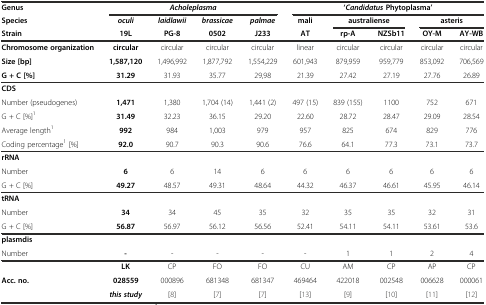
<table><thead><tr><td><b>Genus</b></td><td colspan="4"><b><i>Acholeplasma</i></b></td><td colspan="5"><b>‘<i>Candidatus</i>Phytoplasma’</b></td></tr><tr><td><b>Species</b></td><td><b><i>oculi</i></b></td><td><b><i>laidlawii</i></b></td><td><b><i>brassicae</i></b></td><td><b><i>palmae</i></b></td><td><b>mali</b></td><td colspan="2"><b>australiense</b></td><td colspan="2"><b>asteris</b></td></tr><tr><td><b>Strain</b></td><td><b>19L</b></td><td><b>PG-8</b></td><td><b>0502</b></td><td><b>J233</b></td><td><b>AT</b></td><td><b>rp-A</b></td><td><b>NZSb11</b></td><td><b>OY-M</b></td><td><b>AY-WB</b></td></tr></thead><tbody><tr><td><b>Chromosome organization</b></td><td><b>circular</b></td><td>circular</td><td>circular</td><td>circular</td><td>linear</td><td>circular</td><td>circular</td><td>circular</td><td>circular</td></tr><tr><td><b>Size [bp]</b></td><td><b>1,587,120</b></td><td>1,496,992</td><td>1,877,792</td><td>1,554,229</td><td>601,943</td><td>879,959</td><td>959,779</td><td>853,092</td><td>706,569</td></tr><tr><td><b>G + C [%]</b></td><td><b>31.29</b></td><td>31.93</td><td>35.77</td><td>29,98</td><td>21.39</td><td>27.42</td><td>27.19</td><td>27.76</td><td>26.89</td></tr><tr><td><b>CDS</b></td><td></td><td></td><td></td><td></td><td></td><td></td><td></td><td></td><td></td></tr><tr><td>Number (pseudogenes)</td><td><b>1,471</b></td><td>1,380</td><td>1,704 (14)</td><td>1,441 (2)</td><td>497 (15)</td><td>839 (155)</td><td>1100</td><td>752</td><td>671</td></tr><tr><td>G + C [%]<sup>1</sup></td><td><b>31.49</b></td><td>32.23</td><td>36.15</td><td>29.20</td><td>22.60</td><td>28.72</td><td>28.47</td><td>29.09</td><td>28.54</td></tr><tr><td>Average length<sup>1</sup></td><td><b>992</b></td><td>984</td><td>1,003</td><td>979</td><td>957</td><td>825</td><td>674</td><td>829</td><td>776</td></tr><tr><td>Coding percentage<sup>1</sup> [%]</td><td><b>92.0</b></td><td>90.7</td><td>90.3</td><td>90.6</td><td>76.6</td><td>64.1</td><td>77.3</td><td>73.1</td><td>73.7</td></tr><tr><td><b>rRNA</b></td><td></td><td></td><td></td><td></td><td></td><td></td><td></td><td></td><td></td></tr><tr><td>Number</td><td><b>6</b></td><td>6</td><td>14</td><td>6</td><td>6</td><td>6</td><td>6</td><td>6</td><td>6</td></tr><tr><td>G + C [%]</td><td><b>49.27</b></td><td>48.57</td><td>49.31</td><td>48.64</td><td>44.32</td><td>46.37</td><td>46.61</td><td>45.95</td><td>46.14</td></tr><tr><td><b>tRNA</b></td><td></td><td></td><td></td><td></td><td></td><td></td><td></td><td></td><td></td></tr><tr><td>Number</td><td><b>34</b></td><td>34</td><td>45</td><td>35</td><td>32</td><td>35</td><td>35</td><td>32</td><td>31</td></tr><tr><td>G + C [%]</td><td><b>56.87</b></td><td>56.97</td><td>56.12</td><td>56.56</td><td>52.41</td><td>54.11</td><td>54.11</td><td>53.61</td><td>53.6</td></tr><tr><td><b>plasmdis</b></td><td></td><td></td><td></td><td></td><td></td><td></td><td></td><td></td><td></td></tr><tr><td>Number</td><td><b>-</b></td><td>-</td><td>-</td><td>-</td><td>-</td><td>1</td><td>1</td><td>2</td><td>4</td></tr><tr><td></td><td><b>LK</b></td><td>CP</td><td>FO</td><td>FO</td><td>CU</td><td>AM</td><td>CP</td><td>AP</td><td>CP</td></tr><tr><td><b>Acc. no.</b></td><td><b>028559</b></td><td>000896</td><td>681348</td><td>681347</td><td>469464</td><td>422018</td><td>002548</td><td>006628</td><td>000061</td></tr><tr><td></td><td><b><i>this study</i></b></td><td>[8]</td><td>[7]</td><td>[7]</td><td>[13]</td><td>[9]</td><td>[10]</td><td>[11]</td><td>[12]</td></tr></tbody></table>